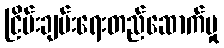
ငြိမ်းချမ်းရေးတည်ဆောက်မှု